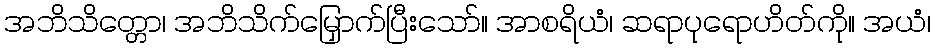
အဘိသိတ္တော၊ အဘိသိက်မြှောက်ပြီးသော်။ အာစရိယံ၊ ဆရာပုရောဟိတ်ကို။ အယံ၊